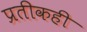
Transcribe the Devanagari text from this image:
प्रतीकही